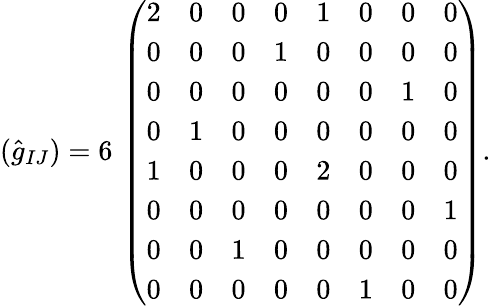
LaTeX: (\hat{g}_{IJ})=6\, \left(\begin{array}{cccccccc}{{2}}&{{0}}&{{0}}&{{0}}&{{1}}&{{0}}&{{0}}&{{0}}\\ {{0}}&{{0}}&{{0}}&{{1}}&{{0}}&{{0}}&{{0}}&{{0}}\\ {{0}}&{{0}}&{{0}}&{{0}}&{{0}}&{{0}}&{{1}}&{{0}}\\ {{0}}&{{1}}&{{0}}&{{0}}&{{0}}&{{0}}&{{0}}&{{0}}\\ {{1}}&{{0}}&{{0}}&{{0}}&{{2}}&{{0}}&{{0}}&{{0}}\\ {{0}}&{{0}}&{{0}}&{{0}}&{{0}}&{{0}}&{{0}}&{{1}}\\ {{0}}&{{0}}&{{1}}&{{0}}&{{0}}&{{0}}&{{0}}&{{0}}\\ {{0}}&{{0}}&{{0}}&{{0}}&{{0}}&{{1}}&{{0}}&{{0}}\end{array}\right).